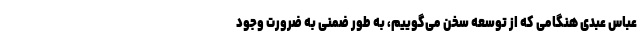
عباس عبدی هنگامی که از توسعه سخن می‌گوییم، به طور ضمنی به ضرورت وجود